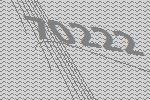
70222